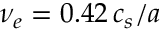
\nu _ { e } = 0 . 4 2 \, c _ { s } / a